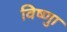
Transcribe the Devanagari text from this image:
विष्णुा